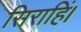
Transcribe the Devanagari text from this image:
सिराहिं।